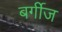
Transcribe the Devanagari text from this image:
बर्गीज